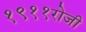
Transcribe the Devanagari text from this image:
१९११रोजी